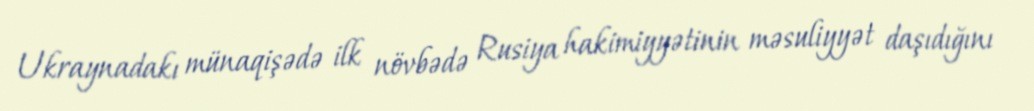
Ukraynadakı münaqişədə ilk növbədə Rusiya hakimiyyətinin məsuliyyət daşıdığını